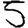
Digit: 5